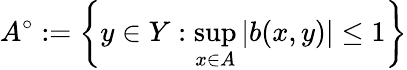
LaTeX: A^{\circ}:=\left\{ y\in Y:\operatorname*{sup}_{x\in A}\left|b(x,y)\right|\leq 1\right\}